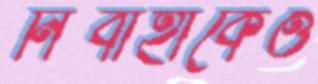
নির্বাহীকেও